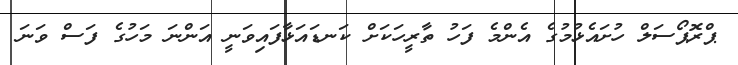
ޕްރޮޕޯސަލް ހުށައެޅުމުގެ އެންމެ ފަހު ތާރީހަކަށް ކަނޑައަޅާފައިވަނީ އަންނަ މަހުގެ ފަސް ވަނަ